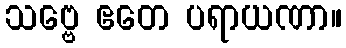
သဗ္ဗေ ဧတေ ပရာယဏာ။